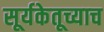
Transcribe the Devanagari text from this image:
सूर्यकेतूच्याच